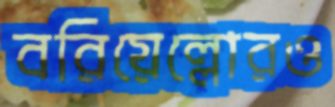
বরিয়েল্লোরও